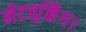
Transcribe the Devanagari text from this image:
नेटवर्र्किंग।